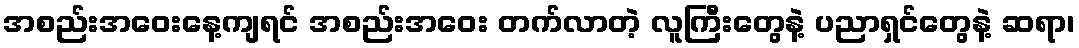
အစည်းအဝေးနေ့ကျရင် အစည်းအဝေး တက်လာတဲ့ လူကြီးတွေနဲ့ ပညာရှင်တွေနဲ့ ဆရာ၊